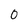
Character: 0